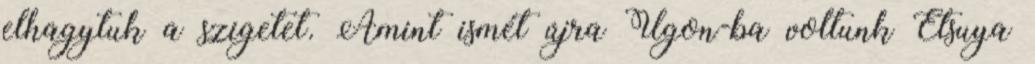
elhagytuk a szigetet. Amint ismét újra Ugon-ba voltunk Etsuya